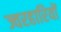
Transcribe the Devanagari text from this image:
ज्वरहारियों